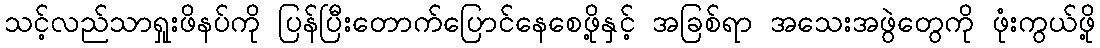
သင့်လည်သာရှုးဖိနပ်ကို ပြန်ပြီးတောက်ပြောင်နေစေဖို့နှင့် အခြစ်ရာ အသေးအဖွဲတွေကို ဖုံးကွယ်ဖို့